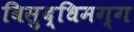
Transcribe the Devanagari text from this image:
बिसुद्धिमग्ग